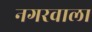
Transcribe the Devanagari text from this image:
नगरवाला